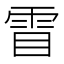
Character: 𮦋